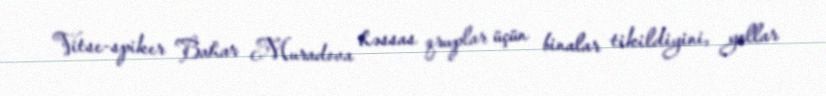
Vitse-spiker Bahar Muradova həssas qruplar üçün binalar tikildiyini, yollar